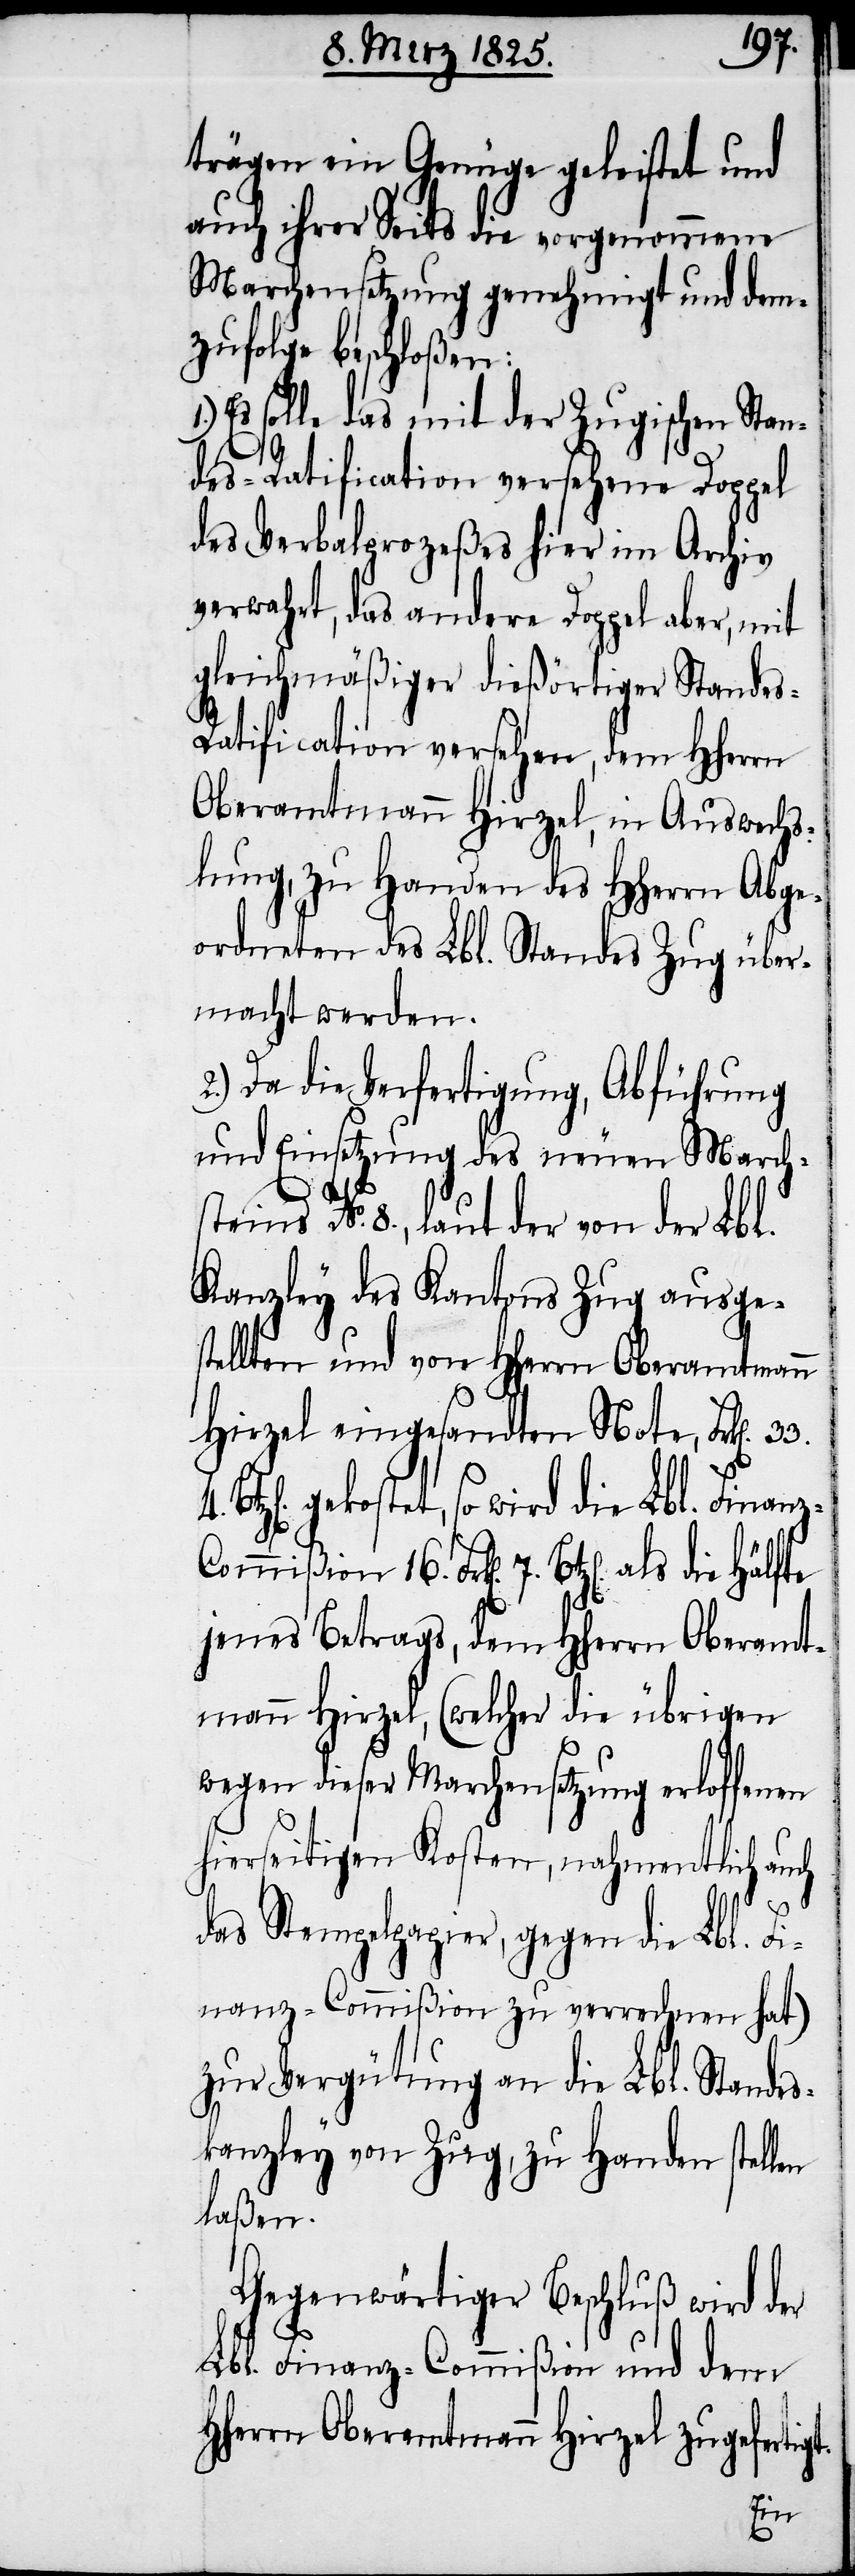
trägen ein Genüge geleistet und
auch ihrer Seits die vorgenommene
Marchensetzung genehmigt und dem¬
zufolge beschloßen:
Es solle das mit der Zugischen Stan¬
des-Ratification versehene Doppel
des Verbalprozeßes hier im Archiv
verwahrt, das andere Doppel aber, mit
gleichmäßiger dießörtiger Stande¬
atification versehen, dem Hherrn
Oberamtmann Hirzel, in Auswechs¬
lung, zu Handen des HHerrn Abge¬
ordneten des Lbl. Standes Zug über¬
macht werden.
2.) Da die Verfertigung, Abführung
und Einsetzung des neuen March¬
steins No. 8., laut der von der Lbl.
Kanzley des Kantons Zug ausge¬
stellten und von Hherrn Oberamtmann
Hirzel eingesandten Note, Frk[en].
gekostet, so wird die Lbl. Finan¬
ommißion 16. Frk[en]. 7. Btz[en]. als
jenes Betrags, dem Hherrn Oberamt¬
mann Hirzel, (welcher die übrigen
wegen dieser Marchensetzung erloffenen
hierseitigen Kosten, nahmentlich auch
igt.
das Stempelpapier, gegen die Lbl. Fi¬
nanz-Commißion zu verrechnen hat)
zur Vergütung an die Lbl. Standes¬
kanzley von Zug, zu Handen stellen
laßen.
Gegenwärtiger Beschluß wird der
Lbl. Finanz-Commißion und dem
Hherrn Oberamtmann Hirzel zugefert¬